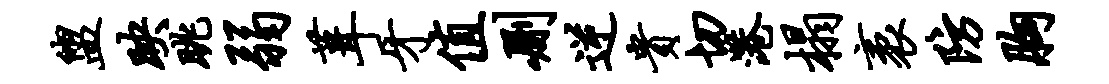
盥映眺弱葺牙值删逆贵切港榻袤防胸